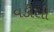
વડીલો